Investigations on Bengal jail dietaries - Number 37
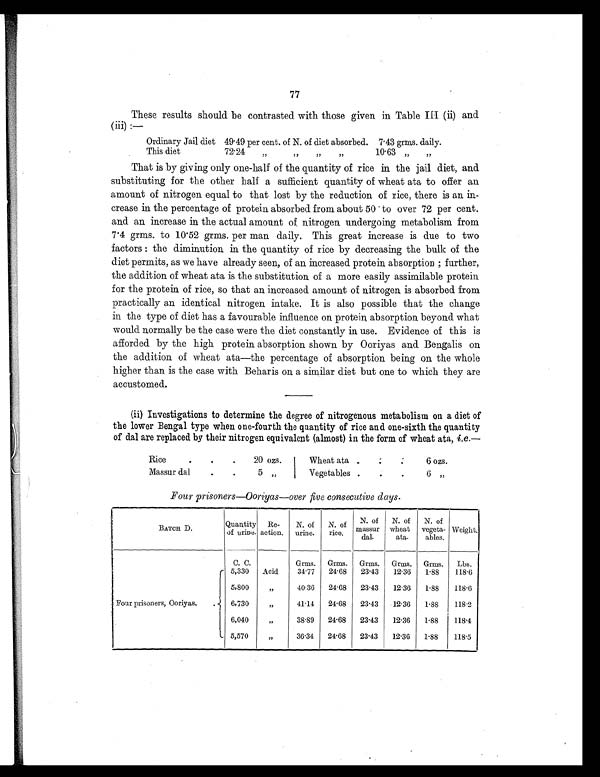
77
These results should be contrasted with those given in Table III (ii) and
(iii):—
Ordinary Jail diet 49. 49 per cent. of N. of diet absorbed. 7. 43 grms. daily.
This diet
72.24
„ „ „ „
10.63 „ „
That is by giving only one-half of the quantity of rice in the jail diet, and
substituting for the other half a sufficient quantity of wheat ata to offer an
amount of nitrogen equal to that lost by the reduction of rice, there is an in-
crease in the percentage of protein absorbed from about 50 to over 72 per cent.
and an increase in the actual amount of nitrogen undergoing metabolism from
7 . 4 grms. to 10.52 grms. per man daily. This great increase is due to two
factors : the diminution in the quantity of rice by decreasing the bulk of the
diet permits, as we have already seen, of an increased protein absorption ; further,
the addition of wheat ata is the substitution of a more easily assimilable protein
for the protein of rice, so that an increased amount of nitrogen is absorbed from
practically an identical nitrogen intake. It is also possible that the change
in the type of diet has a favourable influence on protein absorption beyond what
would normally be the case were the diet constantly in use. Evidence of this is
afforded by the high protein absorption shown by Ooriyas and Bengalis on
the addition of wheat ata—the percentage of absorption being on the whole
higher than is the case with Beharis on a similar diet but one to which they are
accustomed.
(ii) Investigations to determine the degree of nitrogenous metabolism on a diet of
the lower Bengal type when one-fourth the quantity of rice and one-sixth the quantity
of dal are replaced by their nitrogen equivalent (almost) in the form of wheat ata, i.e.—
Rice
.
.
.
20 ozs.
Wheat ata .
.
.
6 ozs.
Massur dal
.
.
5 „ Vegetables
. .
.
6 „
Four prisoners—Ooriyas—over five consecutive days.
BATCH D.
Quantity
of urine.
Re-
action.
N. of
urine.
N. of
rice
N. of
massur
dal.
N. of
wheat
ata.
N. of
vegeta-
ables.
Weight.
C. C.
Grms.
Grms.
Grms.
Grms.
Grms.
Lbs.
Four prisoners, Ooriyas. .
5,330
Acid
34.77
24.68
23.43
12.36
1.88
118.6
5,800
„
40.36
24.68
23.43
12.36
1.88
118.6
6,730
„
41.14
24.68
23.43
12.36
1.88
118.2
6,040
„
38.89
24.68
23.43
12.36
1.88
118.4
5,570
„
36.34
24.68
23.43
12.36
1.88
118.5